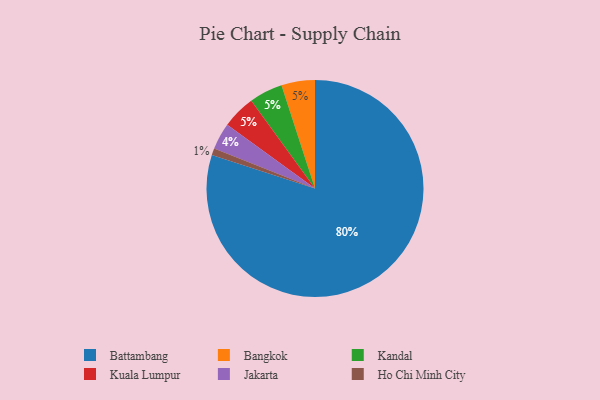
{"axis": {"x": "Category", "y": "Percentage"}, "legend": ["Bangkok", "Battambang", "Ho Chi Minh City", "Jakarta", "Kandal", "Kuala Lumpur"], "data": [{"x": "Bangkok", "y": 5, "type": "Bangkok"}, {"x": "Battambang", "y": 80, "type": "Battambang"}, {"x": "Kandal", "y": 5, "type": "Kandal"}, {"x": "Jakarta", "y": 4, "type": "Jakarta"}, {"x": "Kuala Lumpur", "y": 5, "type": "Kuala Lumpur"}, {"x": "Ho Chi Minh City", "y": 1, "type": "Ho Chi Minh City"}]}